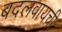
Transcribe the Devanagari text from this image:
बदलवायची